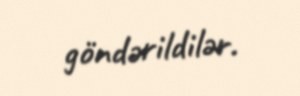
göndərildilər.